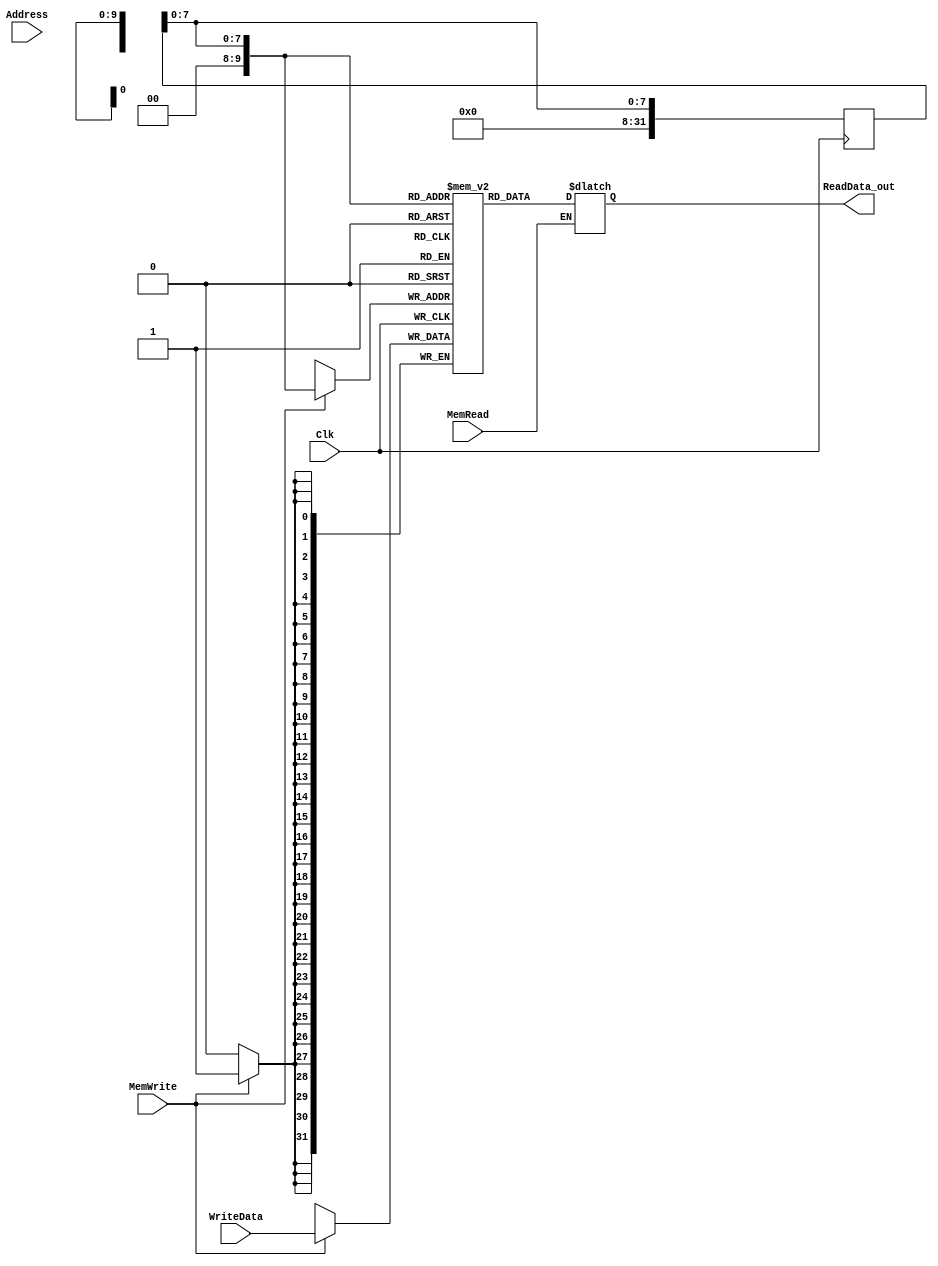
`timescale 1ns / 1ps

////////////////////////////////////////////////////////////////////////////////
// ECE369 - Computer Architecture
// 
// Module - data_memory.v
// Description - 32-Bit wide data memory.
//
// INPUTS:-
// Address: 32-Bit address input port.
// WriteData: 32-Bit input port.
// Clk: 1-Bit Input clock signal.
// MemWrite: 1-Bit control signal for memory write.
// MemRead: 1-Bit control signal for memory read.
//
// OUTPUTS:-
// ReadData: 32-Bit registered output port.
//
// FUNCTIONALITY:-
// Design the above memory similar to the 'RegisterFile' model in the previous 
// assignment.  Create a 1K memory, for which we need 10 bits.  In order to 
// implement byte addressing, we will use bits Address[11:2] to index the 
// memory location. The 'WriteData' value is written into the address 
// corresponding to Address[11:2] in the positive clock edge if 'MemWrite' 
// signal is 1. 'ReadData' is the value of memory location Address[11:2] if 
// 'MemRea'd is 1, otherwise, it is 0x00000000. The reading of memory is not 
// clocked.
//
// you need to declare a 2d array. in this case we need an array of 1024 (1K)  
// 32-bit elements for the memory.   
// for example,  to declare an array of 256 32-bit elements, declaration is: reg[31:0] memory[0:255]
// if i continue with the same declaration, we need 8 bits to index to one of 256 elements. 
// however , address port for the data memory is 32 bits. from those 32 bits, least significant 2 
// bits help us index to one of the 4 bytes within a single word. therefore we only need bits [9-2] 
// of the "Address" input to index any of the 256 words. 
////////////////////////////////////////////////////////////////////////////////

module DataMemory(Address, WriteData, Clk, MemWrite, MemRead, ReadData_out); 

    input [31:0] Address; 	// Input Address 
    input [31:0] WriteData; // Data that needs to be written into the address 
    input Clk;
    input MemWrite; 		// Control signal for memory write 
    input MemRead; 			// Control signal for memory read 
    integer i = 0;
    output reg[31:0] ReadData_out; // Contents of memory location at Address
   // reg [31:0] temp;
    reg [31:0] Index;
    reg [31:0] memory [0:1023];
    
    initial begin
        memory[0] = 32'd100;
        memory[1] = 32'd200;
        memory[2] = 32'd300;
        memory[3] = 32'd400;
        memory[4] = 32'd500;
        memory[5] = 32'd600;
        memory[6] = 32'd700;
        memory[7] = 32'd800;
        memory[8] = 32'd900;
        memory[9] = 32'd1000;
        memory[10] = 32'd1100;
        memory[11] = 32'd1200;

//        for(i = 0; i< 1024;i=i+1)begin
//            if(i == 0) begin
//                memory[i] <= 32'd0;//32'h02108824; for something else but 32'h00000000 for lab18  // 1
//            end
//            else if(i == 1) begin
//                memory[i] <= 32'd24;  //  1
//            end
////            else if(i == 2) begin
////                memory[i] <= 32'h00000002;  //  32'hffffffff for something else but 32'h00000002;
////            end
////            else if(i == 1) begin
////                memory[i] <= 32'h00000003;  //  4 for lab 18
////            end            
////            else if(i == 1) begin
////                memory[i] <= 32'h00000004;  //  4 for lab 18
////            end            
////            else if(i == 1) begin
////                memory[i] <= -32'h00000001;  //  -1 for lab 18
////            end            
            
//            else if(i == 7) begin
//                memory[i] <= 32'd23;  //  -1 for lab 18
//            end
//            else begin
//                memory[i] <= 32'd0;
//            end
//        end
    end
    
	always @(posedge Clk) begin//,Address,MemWrite,WriteData,Index) begin// added Address,MemWrite,WriteData,Index cuz of syn warnings
	Index <= Address[9:2];//removed Address[9:2]-1 addded it back
        if (MemWrite == 1'b1) begin
            memory[Index] <= WriteData;
        end
    end    
    
      always @(*) begin//*
      Index <= Address[9:2];//removed Address[9:2]-1
        if (MemRead == 1'b1) begin
           ReadData_out <= memory[Index];
        end
//        else if (MemRead == 0) begin
//           ReadData_out <= 32'h0; 
//        end   
     end    
endmodule